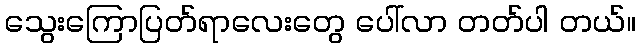
သွေးကြောပြတ်ရာလေးတွေ ပေါ်လာ တတ်ပါ တယ်။